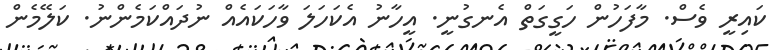
ކައިރީ ވެސް. މާފަހުން ހަގީގަތް އެނގުނީ. އީހާނު އެކަހަލަ ވާހަކައެއް ނުދައްކަމެންނު. ކަލޭމެން